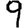
Digit: 9